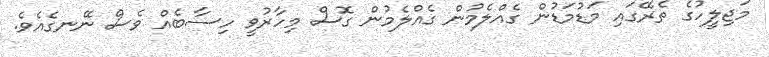
މަޖިލީހުގެ ތެރޭގައި މަޑުމަޑުން ގެއްލެމުން ގެއްލެމުން ގޮސް މިހާރުވީ ހިސާބެއް ވެސް ނޭނގެއެވެ.